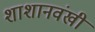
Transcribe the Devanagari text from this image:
शाशानवंखी